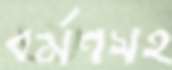
বর্মণসহ